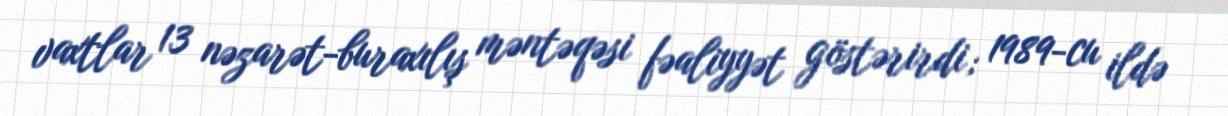
vaxtlar 13 nəzarət-buraxılış məntəqəsi fəaliyyət göstərirdi; 1989-cu ildə